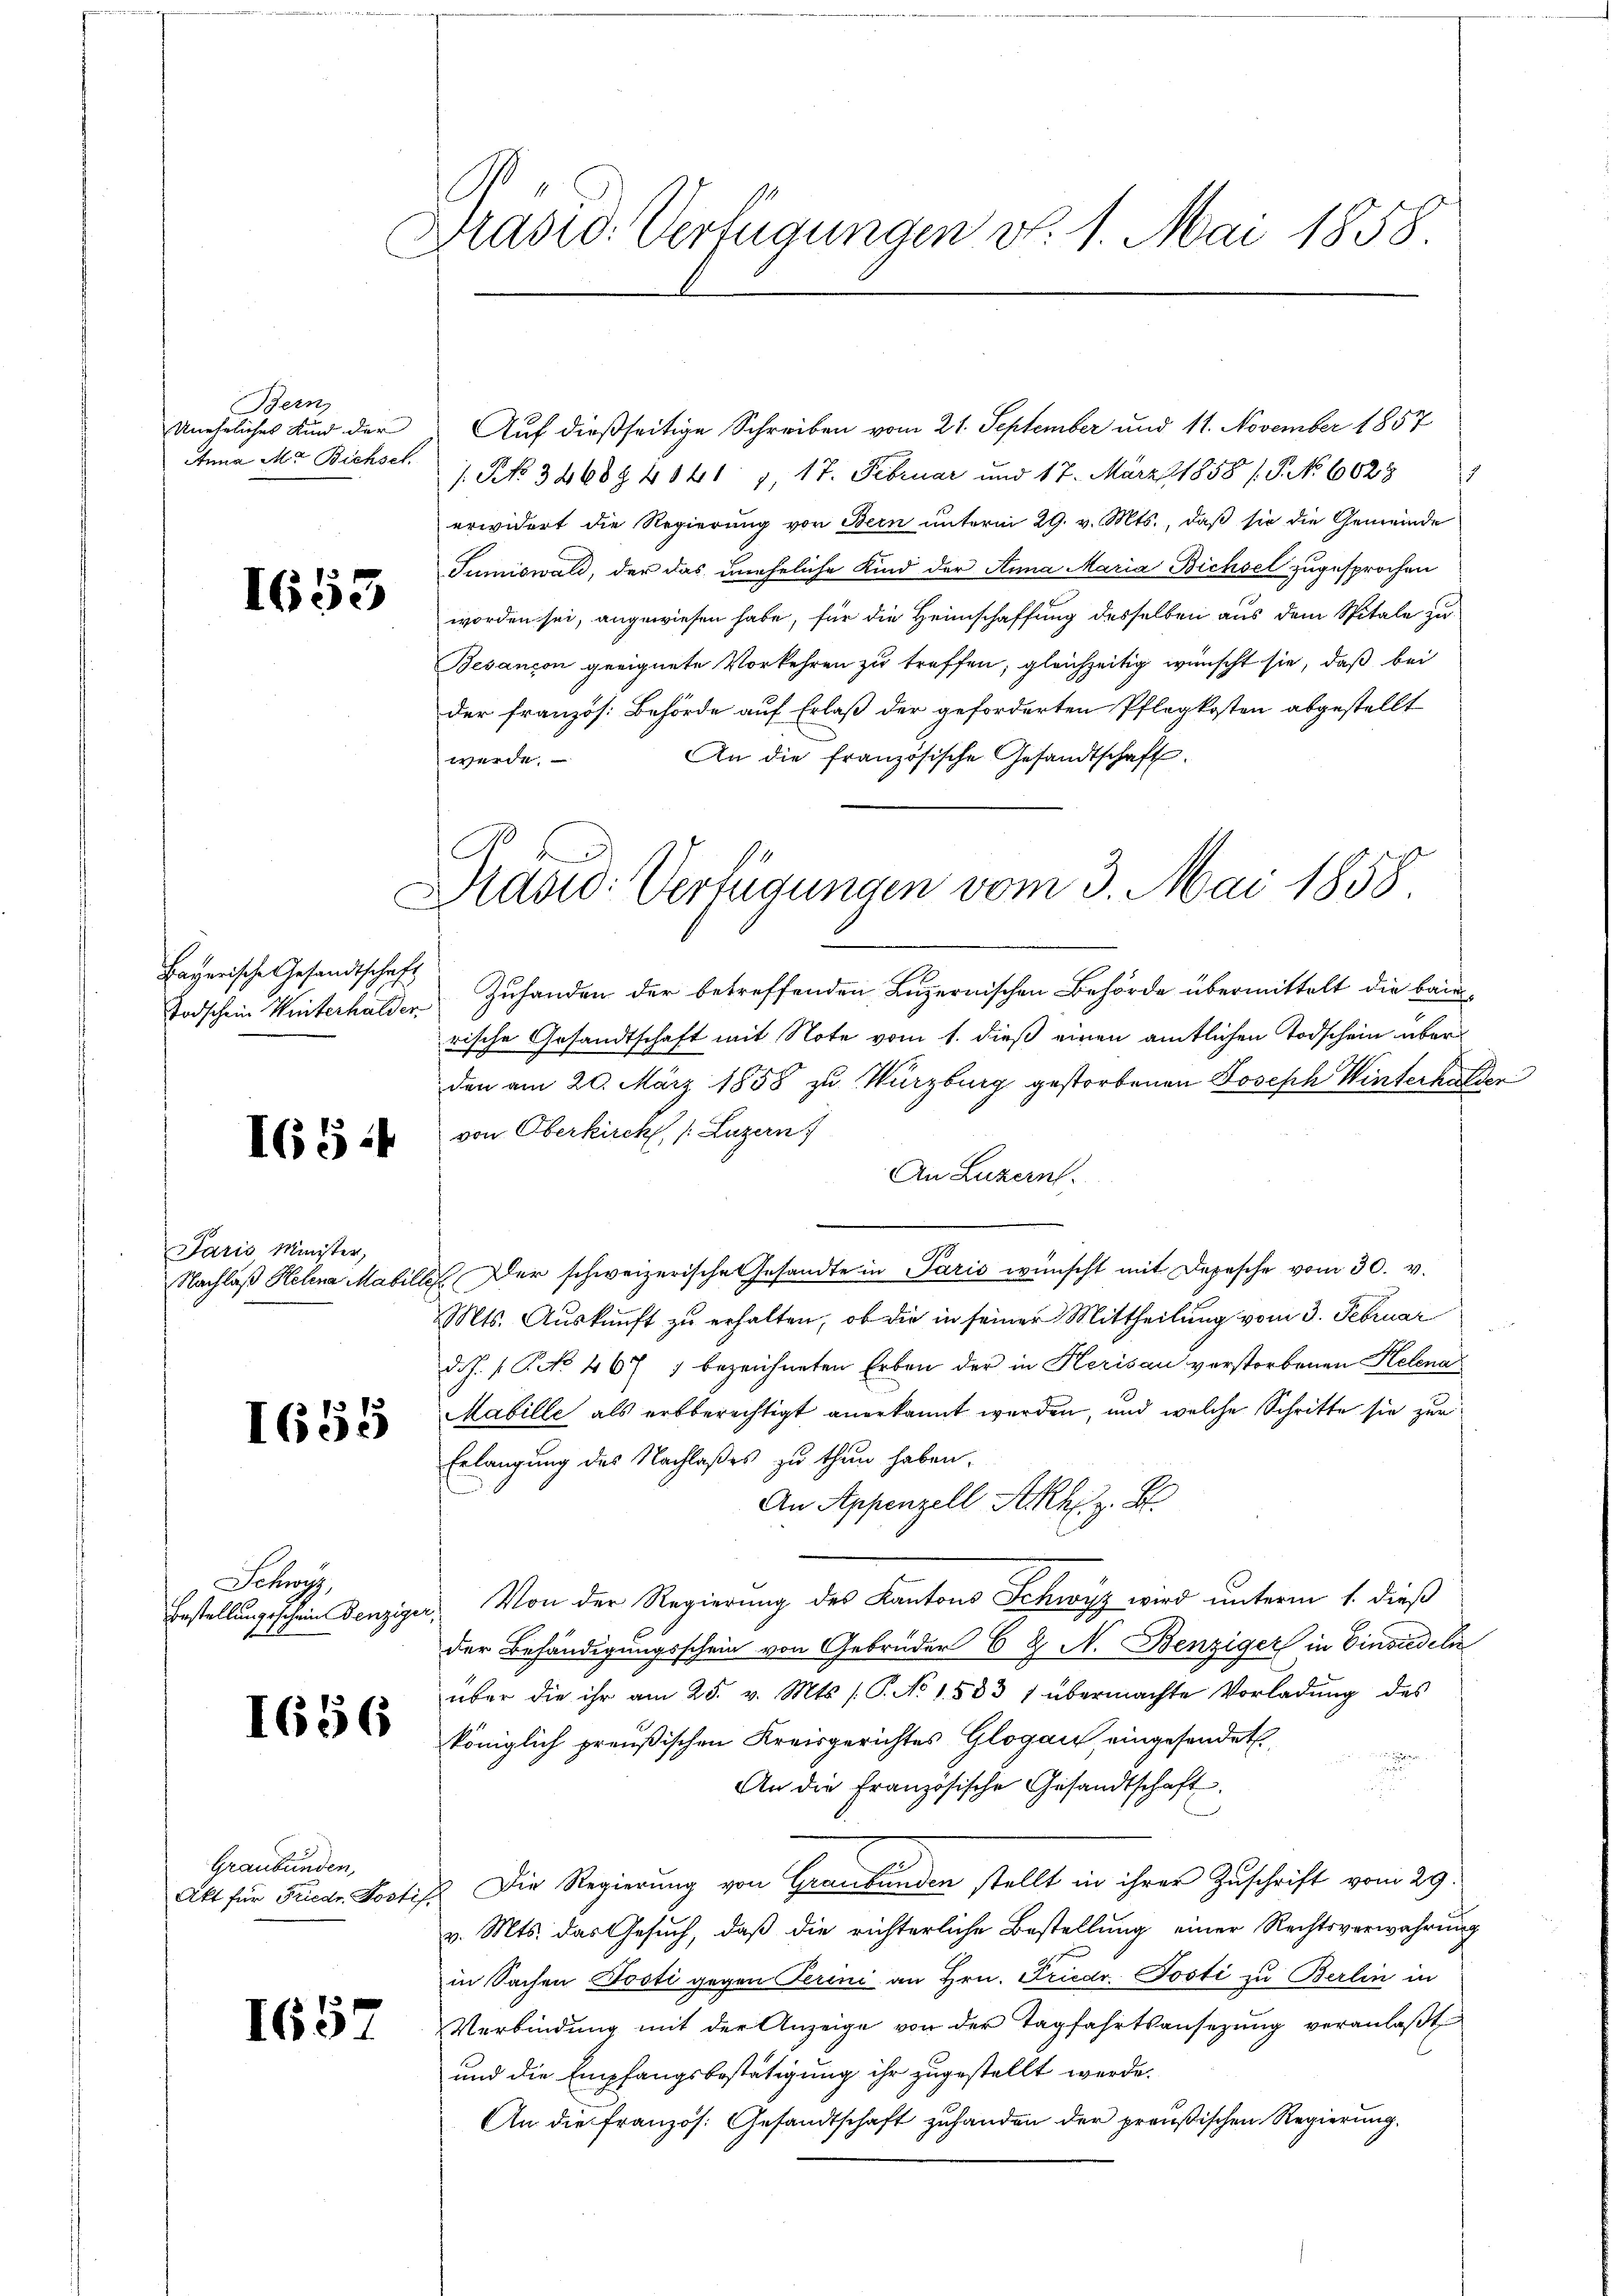
Bern,
Uneheliches Kind der
Anna M. Bichsel

1655

Bayerische Gesandtschaft
Todschein Winterhalder

I65:

Paris Minister,
Nachlaß Helena Mabille

I655

Schwyz,
Bestellungschein Benziger

1656

Graubünden,
Akt für Friedr. Postif

1657

Drasid. Verfügungen v. 1. Mai 1858.

C
Drasid: Verfügungen vom 3. Mai 1858

Auf dießseitige Schreiben vom 21. September und 11. November 1857
1. No. 3468§ 4841 9, 17. Februar und 17. März 1858 / P. Nr. 6028
erwidert die Regierŭng vor Bern ŭnterm 29. v. Mts., daβ sie die Gemeinde
Tumiswald, der das uneheliche Kind der Anna Maria Bichsel zugesprochen
worden sei, angewiesen habe, für die Heimschaffung desselben aus dem Spitale zu
Besancon geeignete Vorkehren zu treffen; gleichzeitig wünscht sie, daß bei
der französ. Behörde auf Erlaß der geforderten Pflegkosten abgestellt
An die französische Gesandtschaft.
werde.
Zuhanden der betreffenden Luzernischen Behörde übermittelt die baierrische Gesandtschaft mit Note vom 1. dieß einen amtlichen Todschein über
den am 20. März 1858 zu Würzburg gestorbenen Joseph Winterhalten
von Oberkirch, (Luzern
An Luzern.
Der schweizerische Gesandte in Paris wünscht mit Depesche vom 30. v.
Mts. Auskunft zu erhalten, ob die in seiner Mittheilung vom 3. Februar
d.J. P.P. No 467 1 bezeichneten Erben der in Herisau verstorbenen Helena
Mabille als erbberechtigt anerkannt werden, und welche Schritte sie zur
Erlangung des Nachlaßes zu thun haben.
An Appenzell Akh z. B.
Von der Regierung des Kantons Schwyz wird unterm 1. dieß
der Behändigungsschein von Gebrüder 6 Z. N. Benziger in Einsiedeln
über die ihr am 25. v. Mts. (T. No 1583 1 übermachte Vorladung des
königlich preußischen Kreisgerichtes Glogau, eingesendet
n
An die Französische Gesandtschaft.
.
Die Regierung von Graubünden stellt in ihrer Zuschrift vom 29.
v. Mts. das Gesuch, daß die richterliche Bestellung einer Rechtsverwahrung
in Sachen Posti gegen Perini an Hrn. Friedr. Josti zu Berlin in
Verbindung mit der Anzeige von der Tagfahrtsansezung veranlaßt
und die Empfangsbestätigung ihr zugestellt werde.
An die Französ. Gesandtschaft zuhanden der preußischen Regierung.